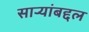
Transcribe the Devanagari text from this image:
साऱ्यांबद्दल